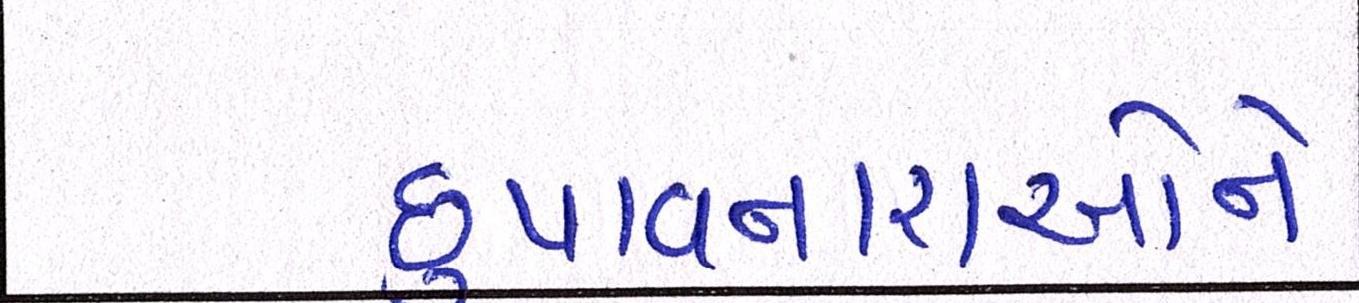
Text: છુપાવનારાઓને